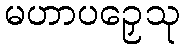
မဟာပဉှေသု